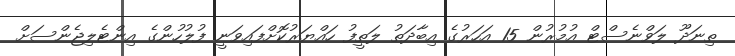
ތިނަދޫ ލަވްނެސްޓް އުމުރުން 15 އަހަރުގެ އިބާދަތު ލަތީފު ހައްޔަރުކޮށްފައިވަނީ ފުލުހުންގެ އިންޓެލިޖެންސަށް